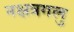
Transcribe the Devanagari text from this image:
नक्षत्रगलु